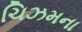
ચિઝમના